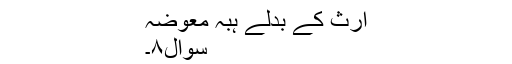
ارث کے بدلے ہبہ معوضہ
سوال۸۔